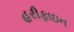
હરીફાઇન